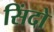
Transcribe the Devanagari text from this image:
सिंदो